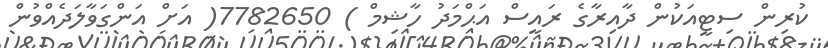
ކުރިން ސިޓީއަކުން ދާއިރާގެ ރައީސް އަޙްމަދު ހާޝިމް ) 7782650( އަށް އަންގަވާލަދެއްވުން